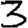
Digit: 3